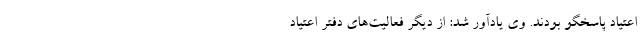
اعتیاد پاسخگو بودند. وی یادآور شد: از دیگر فعالیت‌های دفتر اعتیاد